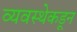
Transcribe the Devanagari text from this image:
व्यवस्थेकडून